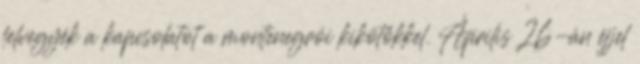
felvegyék a kapcsolatot a montenegrói kikötőkkel. Április 26-án éjjel